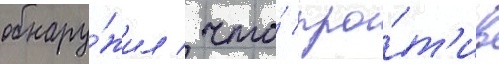
обнару́жил / что́ про́т'ив